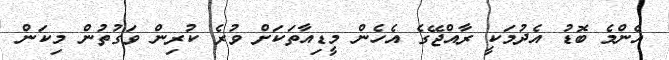
އެންމެ ބޮޑު އެދުމަކީ ރާއްޖޭގެ އެހެން މީޑިއާތަކަށް ވުރެ ކުރިން ވަގުތުން މިކަން